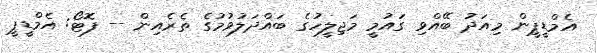
އެމްޑީޕީން މިއަދު ބޭއްވި ގައުމީ މަޖިލީހުގެ ބައްދަލުވުމުގެ ތެރެއިން -- ފޮޓޯ: އެމްޑީޕީ